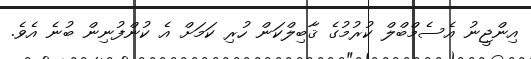
އިންޖީނު އެސެމްބްލް ކުރުމުގެ ޤާބިލްކަން ހުރި ކަމަށް އެ ކުންފުނިން ބުނެ އެވެ.